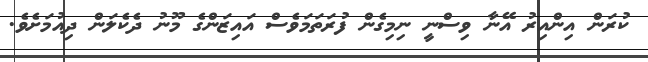
ކުރަން އިންއިރު އޭނާ ވިސްނީ ނިމިގެން ފުރަތަމަވެސް އައިޒަންގެ މޫނު ދެކެލަން ދިއުމަށެވެ.